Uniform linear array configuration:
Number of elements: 12
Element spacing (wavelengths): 0.5
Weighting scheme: exponential
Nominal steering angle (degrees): -45
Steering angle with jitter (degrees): -43.115
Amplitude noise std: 0.05
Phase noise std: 0.05

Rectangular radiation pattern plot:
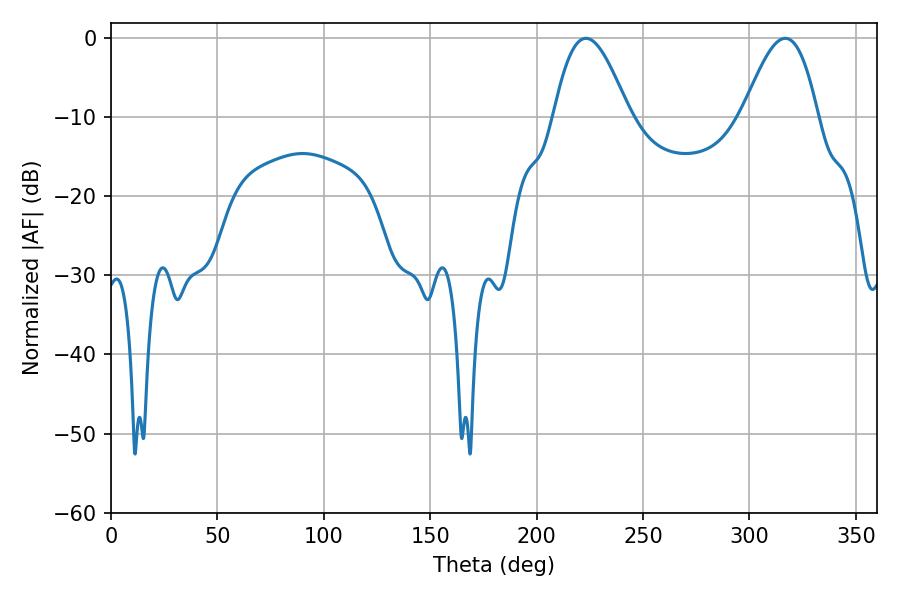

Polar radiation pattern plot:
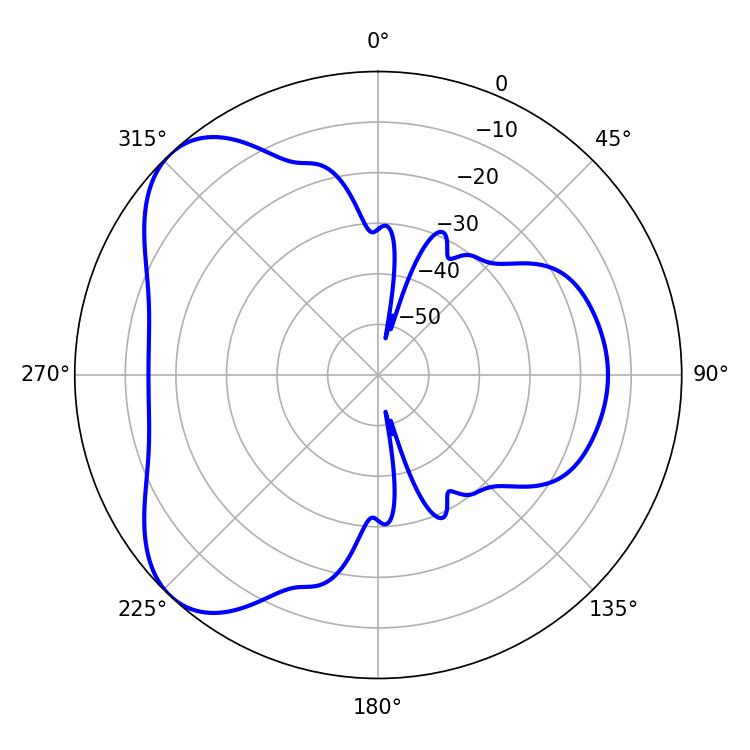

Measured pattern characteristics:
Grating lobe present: FALSE
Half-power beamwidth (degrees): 19.08
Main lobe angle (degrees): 223.2